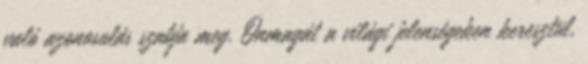
való azonosulás szabja meg. Önmagát a világi jelenségeken keresztül,